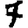
Digit: 7